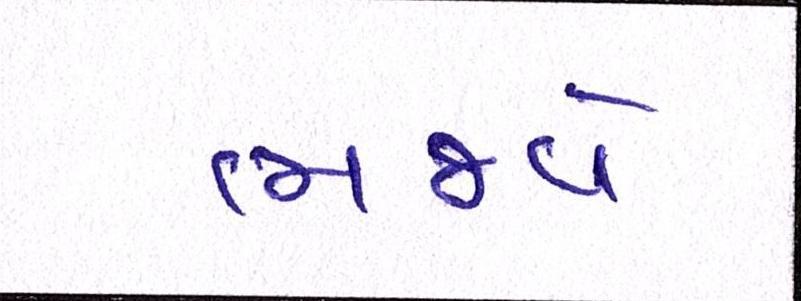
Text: ભજવે